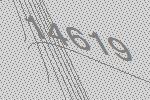
14619